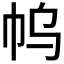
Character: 𰏓